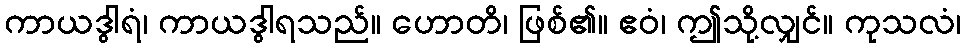
ကာယဒွါရံ၊ ကာယဒွါရသည်။ ဟောတိ၊ ဖြစ်၏။ ဧဝံ၊ ဤသို့လျှင်။ ကုသလံ၊